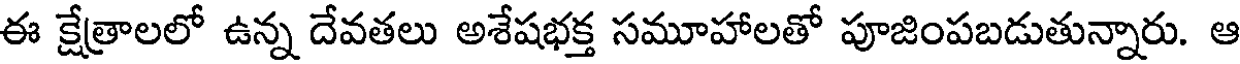
ఈ క్షేత్రాలలో ఉన్న దేవతలు అశేషభక్త సమూహాలతో పూజింపబడుతున్నారు. ఆ